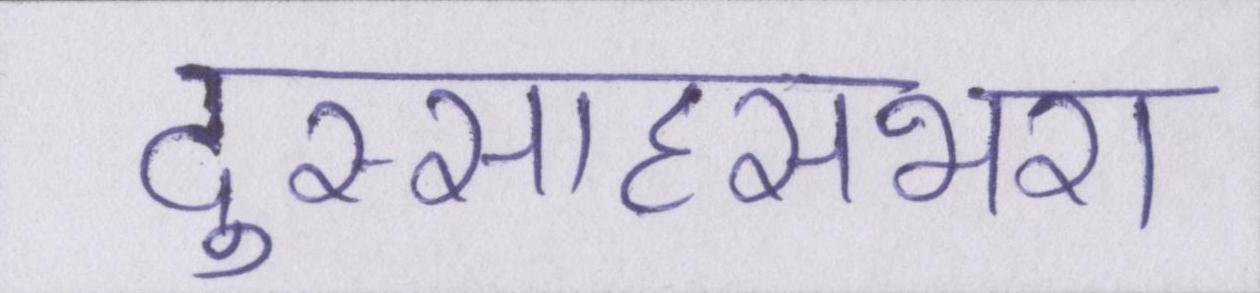
दुस्साहसभरा